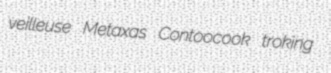
veilleuse Metaxas Contoocook troking